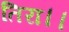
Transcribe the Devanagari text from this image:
तिरा।।